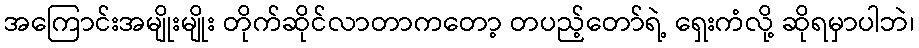
အကြောင်းအမျိုးမျိုး တိုက်ဆိုင်လာတာကတော့ တပည့်တော်ရဲ့ ရှေးကံလို့ ဆိုရမှာပါဘဲ၊